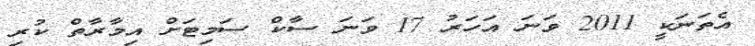
އެތަނަކީ 2011 ވަނަ އަހަރު 17 ވަނަ ސާކް ސަމިޓަށް އިމާރާތް ކުރި